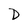
Character: D